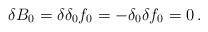
LaTeX: \begin{align*}\delta B_0=\delta \delta_0 f_0=-\delta_0 \delta f_0=0\,.\end{align*}